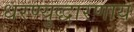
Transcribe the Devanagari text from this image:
धरण्युद्धारणाय